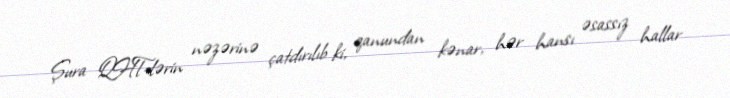
Şura QHT-lərin nəzərinə çatdırılıb ki, qanundan kənar, hər hansı əsassız hallar